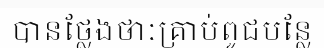
បានថ្លែងថាៈគ្រាប់ពូជបន្លែ